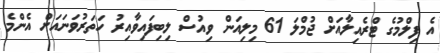
އެ ފިލްމުގެ ޓްރެއިލާއަށް ޖުމްލަ 61 މިލިއަން ވިއުސް ލިބިފައިވާއިރު ހަތަރުވަނައަށް އެންމެ